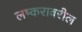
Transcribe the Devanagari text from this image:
लष्करावरील